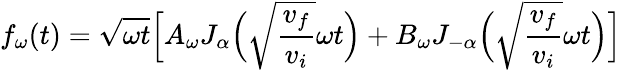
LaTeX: f_{\omega}(t)=\sqrt{\omega t}\Big[A_{\omega}J_{\alpha}\Big(\sqrt{\frac{v_{f}}{v_{i}}}\omega t\Big)+B_{\omega}J_{-\alpha}\Big(\sqrt{\frac{v_{f}}{v_{i}}}\omega t\Big)\Big]